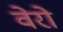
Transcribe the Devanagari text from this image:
वेरो